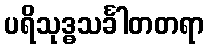
ပရိသုဒ္ဓသင်္ခါတတရာ